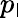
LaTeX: p_{\mathsf{l}}